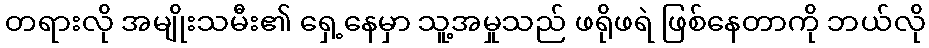
တရားလို အမျိုးသမီး၏ ရှေ့နေမှာ သူ့အမှုသည် ဖရိုဖရဲ ဖြစ်နေတာကို ဘယ်လို